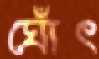
ঘোঁৎ